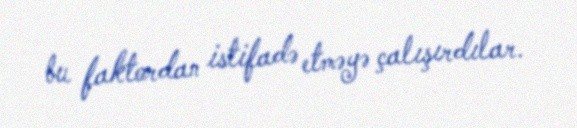
bu faktordan istifadə etməyə çalışırdılar.